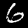
Digit: 6